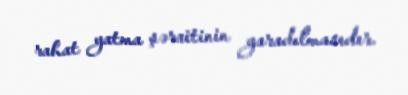
rahat yatma şəraitinin yaradılmasıdır.